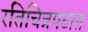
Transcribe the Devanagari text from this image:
रतिचित्रपटात